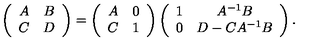
\left( \begin{array} { c c } { A } & { B } \\ { C } & { D } \\ \end{array} \right) = \left( \begin{array} { c c } { A } & { 0 } \\ { C } & { 1 } \\ \end{array} \right) \left( \begin{array} { c c } { 1 } & { A ^ { - 1 } B } \\ { 0 } & { D - C A ^ { - 1 } B } \\ \end{array} \right) .